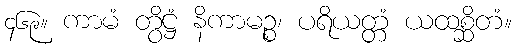
၄၆၉။ ကာမံ တွိဋ္ဌံ နိကာမဉ္စ၊ ပရိယတ္တံ ယထစ္ဆိတံ။